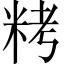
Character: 𥹬